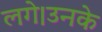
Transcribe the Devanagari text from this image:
लगे।उनके